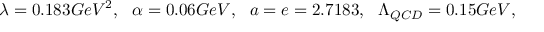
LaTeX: { \lambda = 0 . 1 8 3 G e V ^ { 2 } , ~ ~ \alpha = 0 . 0 6 G e V , ~ ~ a = e = 2 . 7 1 8 3 , ~ ~ \Lambda _ { Q C D } = 0 . 1 5 G e V } ,